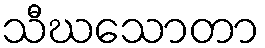
သီဃသောတာ